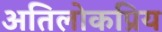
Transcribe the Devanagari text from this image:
अतिलोकप्रिय